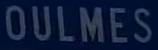
OULMES